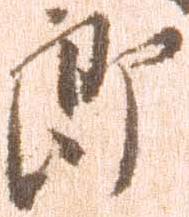
郎